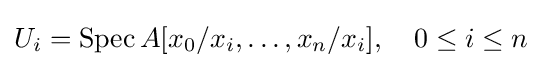
U_{i}=\operatorname {Spec} A[x_{0}/x_{i},\dots ,x_{n}/x_{i}],\quad 0\leq i\leq n